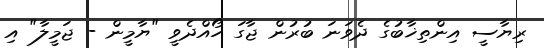
ރިޔާސީ އިންތިޚާބުގެ ދެވަނަ ބުރުން ޖާގަ ހޯއްދެވީ "ޔާމީން - ޖަމީލާ" އި